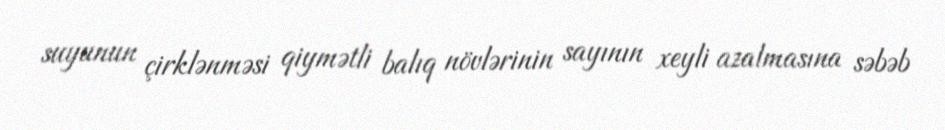
suyunun çirklənməsi qiymətli balıq növlərinin sayının xeyli azalmasına səbəb